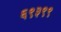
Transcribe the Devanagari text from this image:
६९३९९